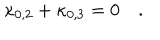
\kappa _ { 0 , 2 } + \kappa _ { 0 , 3 } = 0 \quad .